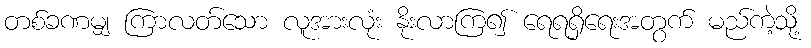
တစ်ခဏမျှ ကြာလတ်သော လူအားလုံး နိုးလာကြ၍ ရေရရှိရေးအတွက် မည်ကဲ့သို့